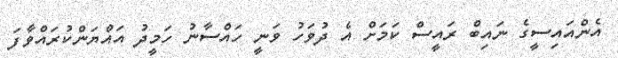
އެންއައިސީގެ ނައިބް ރައީސް ކަަމަށް އެ ދުވަހު ވަނީ ހައްސާނު ހަމީދު އައްޔަންކުރައްވާފަ